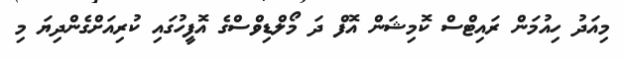
މިއަދު ހިއުމަން ރައިޓްސް ކޮމިޝަން އޮފް ދަ މޯލްޑިވްސްގެ އޮފީހުގައި ކުރިއަށްގެންދިޔަ މި